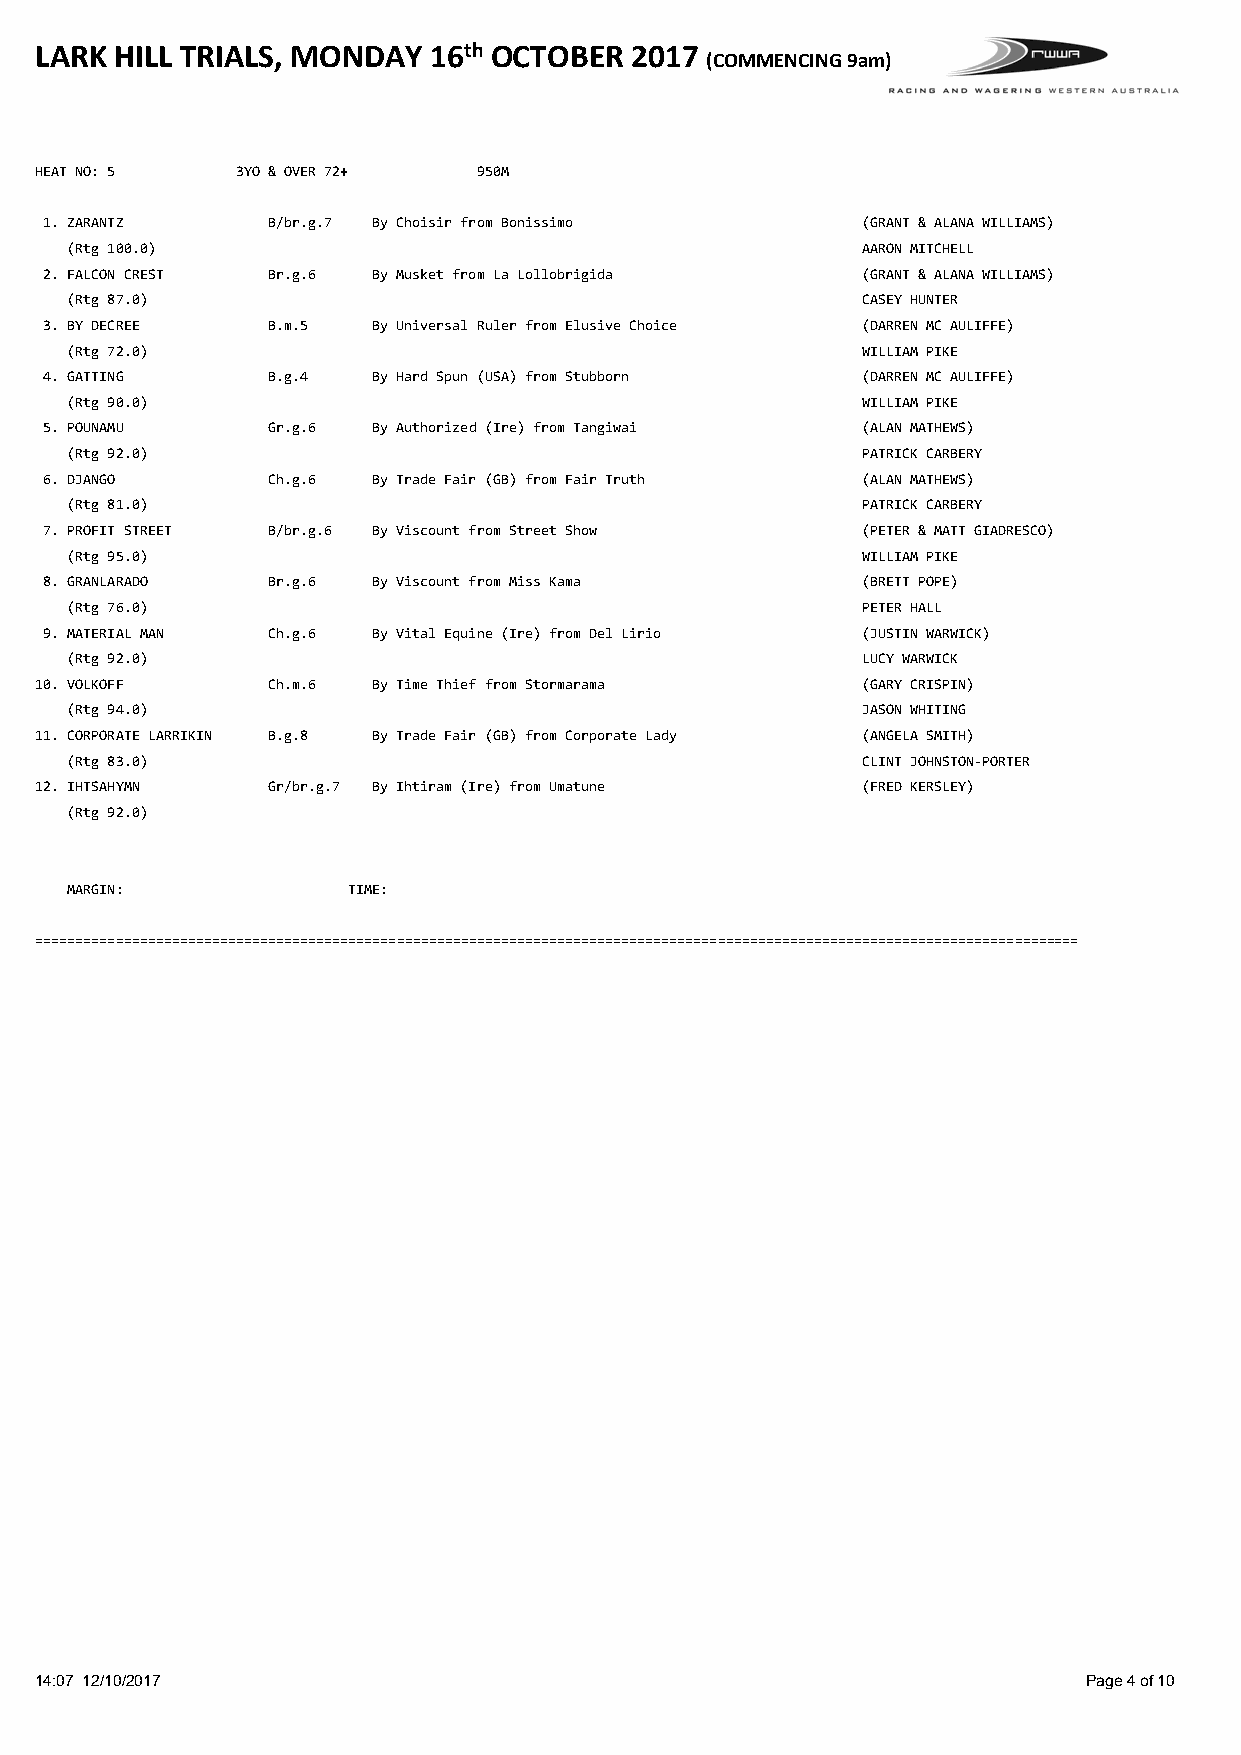
LARK  HILL TRIALS, MONDAY 16th OCTOBER  2017
 (COMMENCING 9am)
 HEAT NO: 5    3YO & OVER 72+  950M
 1. ZARANTZ     B/br.g.7 By Choisir from Bonissimo     (GRANT & ALANA WILLIAMS)
 (Rtg 100.0)                                          AARON MITCHELL
 2. FALCON CREST Br.g.6 By Musket from La Lollobrigida (GRANT & ALANA WILLIAMS)
 (Rtg 87.0)                                           CASEY HUNTER
 3. BY DECREE   B.m.5  By Universal Ruler from Elusive Choice (DARREN MC AULIFFE)
 (Rtg 72.0)                                           WILLIAM PIKE
 4. GATTING     B.g.4  By Hard Spun (USA) from Stubborn (DARREN MC AULIFFE)
 (Rtg 90.0)                                           WILLIAM PIKE
 5. POUNAMU     Gr.g.6 By Authorized (Ire) from Tangiwai (ALAN MATHEWS)
 (Rtg 92.0)                                           PATRICK CARBERY
 6. DJANGO      Ch.g.6 By Trade Fair (GB) from Fair Truth (ALAN MATHEWS)
 (Rtg 81.0)                                           PATRICK CARBERY
 7. PROFIT STREET B/br.g.6 By Viscount from Street Show (PETER & MATT GIADRESCO)
 (Rtg 95.0)                                           WILLIAM PIKE
 8. GRANLARADO  Br.g.6 By Viscount from Miss Kama      (BRETT POPE)
 (Rtg 76.0)                                           PETER HALL
 9. MATERIAL MAN Ch.g.6 By Vital Equine (Ire) from Del Lirio (JUSTIN WARWICK)
 (Rtg 92.0)                                           LUCY WARWICK
 10. VOLKOFF     Ch.m.6 By Time Thief from Stormarama   (GARY CRISPIN)
 (Rtg 94.0)                                           JASON WHITING
 11. CORPORATE LARRIKIN B.g.8 By Trade Fair (GB) from Corporate Lady (ANGELA SMITH)
 (Rtg 83.0)                                           CLINT JOHNSTON‐PORTER
 12. IHTSAHYMN   Gr/br.g.7 By Ihtiram (Ire) from Umatune (FRED KERSLEY)
 (Rtg 92.0)
 MARGIN:            TIME:
 ==================================================================================================================================
 14:07 12/10/2017                                                      Page 4 of 10